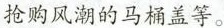
抢购风潮的马桶盖等。